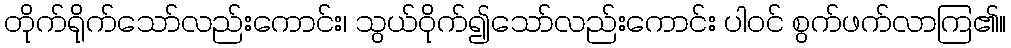
တိုက်ရိုက်သော်လည်းကောင်း၊ သွယ်ဝိုက်၍သော်လည်းကောင်း ပါဝင် စွက်ဖက်လာကြ၏။